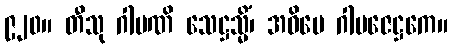
၉၂၀။ တီသု ဂါမဏိ သေဋ္ဌသ္မိံ၊ အဓိပေ ဂါမဇေဋ္ဌကေ။